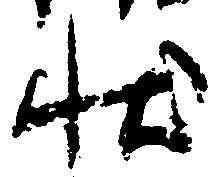
状